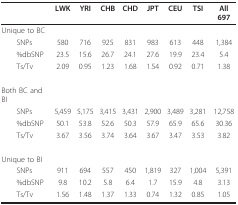
<table><thead><tr><td>[EMPTY_CELL]</td><td><b>LWK</b></td><td><b>YRI</b></td><td><b>CHB</b></td><td><b>CHD</b></td><td><b>JPT</b></td><td><b>CEU</b></td><td><b>TSI</b></td><td><b>All 697</b></td></tr></thead><tbody><tr><td>Unique to BC</td><td>[EMPTY_CELL]</td><td>[EMPTY_CELL]</td><td>[EMPTY_CELL]</td><td>[EMPTY_CELL]</td><td>[EMPTY_CELL]</td><td>[EMPTY_CELL]</td><td>[EMPTY_CELL]</td><td>[EMPTY_CELL]</td></tr><tr><td> SNPs</td><td>580</td><td>716</td><td>925</td><td>831</td><td>983</td><td>613</td><td>448</td><td>1,384</td></tr><tr><td> %dbSNP</td><td>23.5</td><td>15.6</td><td>26.7</td><td>24.1</td><td>27.6</td><td>19.9</td><td>23.4</td><td>5.4</td></tr><tr><td> Ts/Tv</td><td>2.09</td><td>0.95</td><td>1.23</td><td>1.68</td><td>1.54</td><td>0.92</td><td>0.71</td><td>1.38</td></tr><tr><td>Both BC and BI</td><td>[EMPTY_CELL]</td><td>[EMPTY_CELL]</td><td>[EMPTY_CELL]</td><td>[EMPTY_CELL]</td><td>[EMPTY_CELL]</td><td>[EMPTY_CELL]</td><td>[EMPTY_CELL]</td><td>[EMPTY_CELL]</td></tr><tr><td> SNPs</td><td>5,459</td><td>5,175</td><td>3,415</td><td>3,431</td><td>2,900</td><td>3,489</td><td>3,281</td><td>12,758</td></tr><tr><td> %dbSNP</td><td>50.1</td><td>53.8</td><td>52.6</td><td>50.3</td><td>57.9</td><td>65.9</td><td>65.6</td><td>30.36</td></tr><tr><td> Ts/Tv</td><td>3.67</td><td>3.56</td><td>3.74</td><td>3.64</td><td>3.67</td><td>3.47</td><td>3.53</td><td>3.82</td></tr><tr><td>Unique to BI</td><td>[EMPTY_CELL]</td><td>[EMPTY_CELL]</td><td>[EMPTY_CELL]</td><td>[EMPTY_CELL]</td><td>[EMPTY_CELL]</td><td>[EMPTY_CELL]</td><td>[EMPTY_CELL]</td><td>[EMPTY_CELL]</td></tr><tr><td> SNPs</td><td>911</td><td>694</td><td>557</td><td>450</td><td>1,819</td><td>327</td><td>1,004</td><td>5,391</td></tr><tr><td> %dbSNP</td><td>9.8</td><td>10.2</td><td>5.8</td><td>6.4</td><td>1.7</td><td>15.9</td><td>4.8</td><td>3.13</td></tr><tr><td> Ts/Tv</td><td>1.56</td><td>1.48</td><td>1.37</td><td>1.33</td><td>0.74</td><td>1.32</td><td>0.85</td><td>1.05</td></tr></tbody></table>